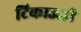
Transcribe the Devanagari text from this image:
टिकाऊही